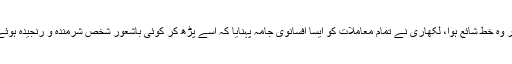
ایک ویب سائٹ پر وہ خط شائع ہوا، لکھاری نے تمام معاملات کو ایسا افسانوی جامہ پہنایا کہ اسے پڑھ کر کوئی باشعور شخص شرمندہ و رنجیدہ ہوئے بغیر نہ رہ سکا۔